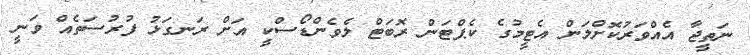
ނަތީޖާ އެއްވަރުކޮށްލަން އެޓީމުގެ ކެޕްޓަން ރޮބަޓް ލެވެންޑޯސްކީ އަށް ރަނގަޅު ފުރުސަތެއް ވަނީ